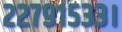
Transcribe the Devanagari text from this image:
२२७९१५३३।